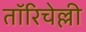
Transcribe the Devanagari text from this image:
तॉरिचेल्ली